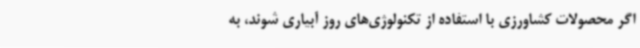
اگر محصولات کشاورزی با استفاده از تکنولوژی‌های روز آبیاری شوند، به